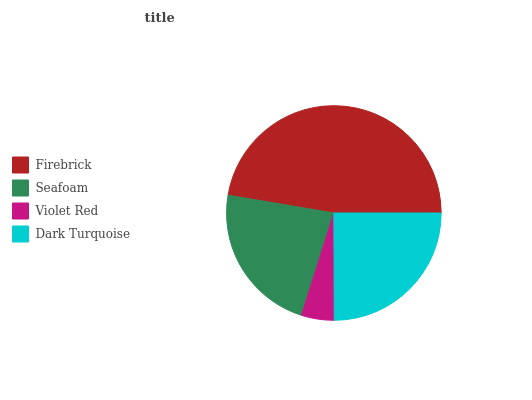
| Firebrick | Seafoam | Violet Red | Dark Turquoise |
 | --- | --- | --- | --- |
 | 47.4% | 22.7% | 4.94% | 25% |